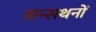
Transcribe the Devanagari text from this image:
सन्सथनों